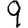
Digit: 9